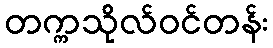
တက္ကသိုလ်ဝင်တန်း